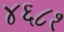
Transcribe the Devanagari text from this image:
४६८१